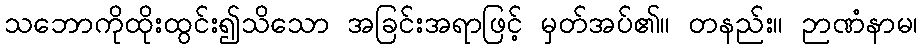
သဘောကိုထိုးထွင်း၍သိသော အခြင်းအရာဖြင့် မှတ်အပ်၏။ တနည်း။ ဉာဏံနာမ၊